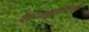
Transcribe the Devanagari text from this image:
नैपालकूमाँचंलौ।